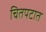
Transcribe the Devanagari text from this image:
चितपटात